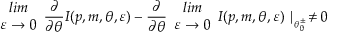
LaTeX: \begin{array} { c } { { l i m } } \\ { { \varepsilon \rightarrow 0 } } \end{array} \frac { \partial } { \partial \theta } I ( p , m , \theta , \varepsilon ) - \frac { \partial } { \partial \theta } \begin{array} { c } { { l i m } } \\ { { \varepsilon \rightarrow 0 } } \end{array} I ( p , m , \theta , \varepsilon ) \mid _ { _ { \theta _ { 0 } ^ { \pm } } } \neq 0